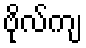
ဗိုလ်ကျ